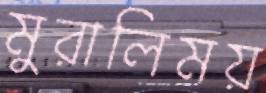
মুরালিময়